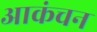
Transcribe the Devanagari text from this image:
आकंचन